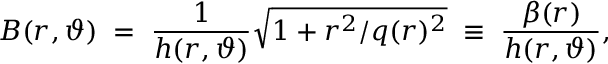
B ( r , \vartheta ) \; = \; \frac { 1 } { h ( r , \vartheta ) } \sqrt { 1 + r ^ { 2 } / q ( r ) ^ { 2 } } \; \equiv \; \frac { \beta ( r ) } { h ( r , \vartheta ) } ,